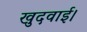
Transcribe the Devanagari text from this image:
खुदवाई।